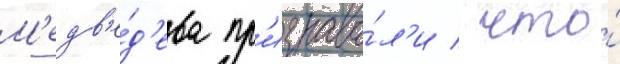
М'едв'е́д'ева пр'изнава́л'и / что́